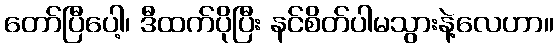
တော်ပြီပေါ့၊ ဒီထက်ပိုပြီး နင်စိတ်ပါမသွားနဲ့လေဟာ။